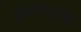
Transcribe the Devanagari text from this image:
प्रतिमानच्या